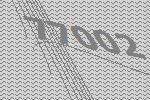
77002